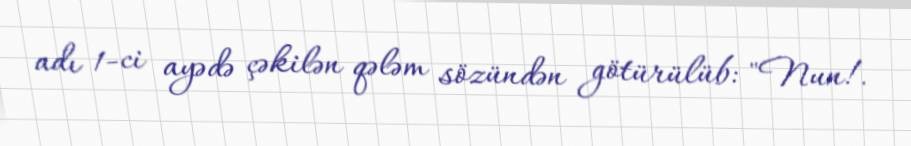
adı 1-ci ayədə çəkilən qələm sözündən götürülüb: "Nun!.